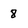
Character: 8